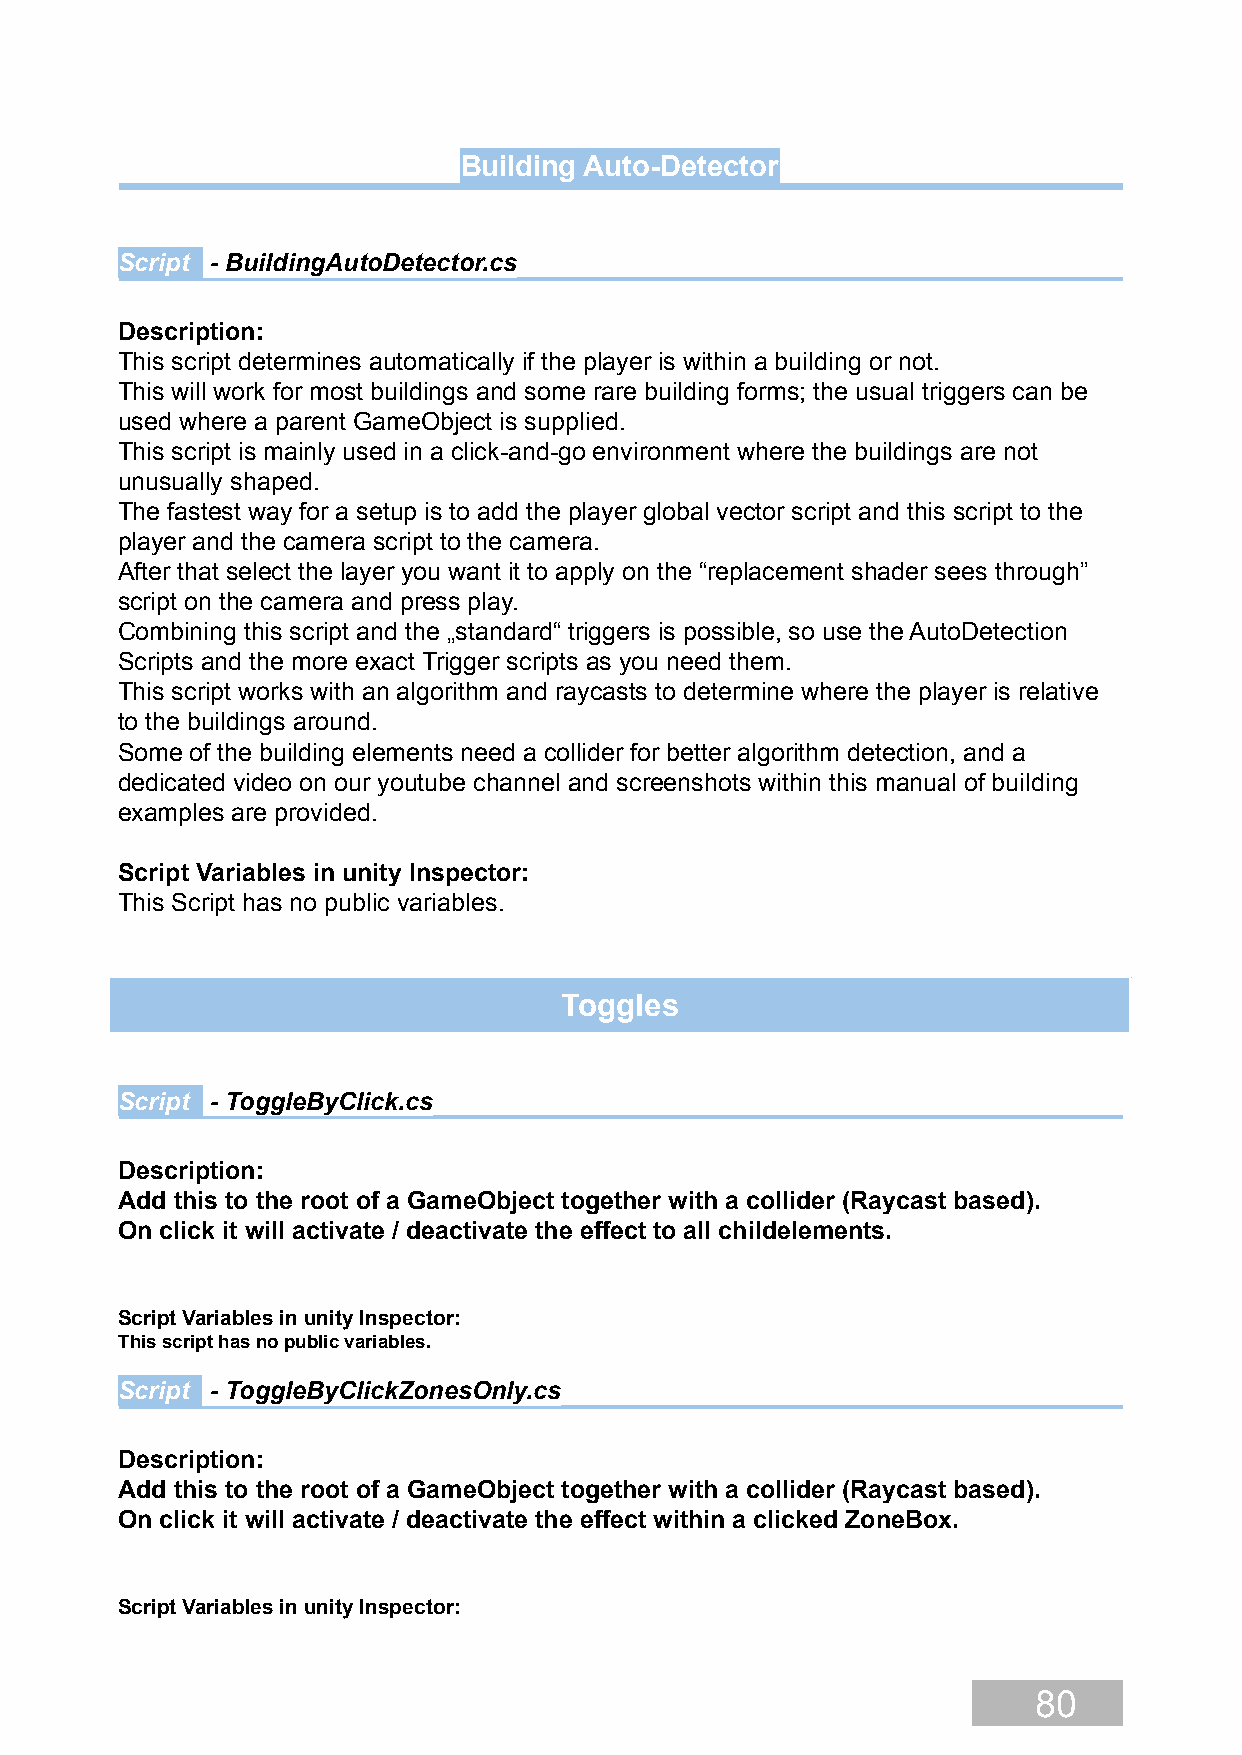
Building Auto-Detector
 Script - BuildingAutoDetector.cs
 Description:
 This script determines automatically if the player is within a building or not.
 This will work for most buildings and some rare building forms; the usual triggers can be
 used where a parent GameObject is supplied.
 This script is mainly used in a click-and-go environment where the buildings are not
 unusually shaped.
 The fastest way for a setup is to add the player global vector script and this script to the
 player and the camera script to the camera.
 After that select the layer you want it to apply on the “replacement shader sees through”
 script on the camera and press play.
 Combining this script and the „standard“ triggers is possible, so use the AutoDetection
 Scripts and the more exact Trigger scripts as you need them.
 This script works with an algorithm and raycasts to determine where the player is relative
 to the buildings around.
 Some of the building elements need a collider for better algorithm detection, and a
 dedicated video on our youtube channel and screenshots within this manual of building
 examples are provided.
 Script Variables in unity Inspector:
 This Script has no public variables.
 Toggles
 Script - ToggleByClick.cs
 Description:
 Add this to the root of a GameObject together with a collider (Raycast based).
 On click it will activate / deactivate the effect to all childelements.
 Script Variables in unity Inspector:
 This script has no public variables.
 Script - ToggleByClickZonesOnly.cs
 Description:
 Add this to the root of a GameObject together with a collider (Raycast based).
 On click it will activate / deactivate the effect within a clicked ZoneBox.
 Script Variables in unity Inspector:
 80